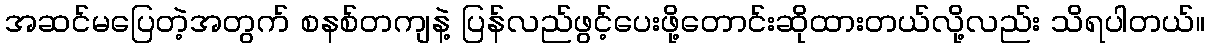
အဆင်မပြေတဲ့အတွက် စနစ်တကျနဲ့ ပြန်လည်ဖွင့်ပေးဖို့တောင်းဆိုထားတယ်လို့လည်း သိရပါတယ်။